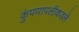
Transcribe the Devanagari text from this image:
कुंपणापलीकडले